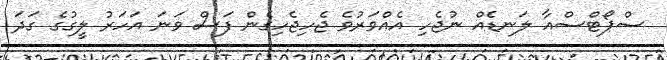
ސްޕޯޓްސްއާ ލަނޑެއް ނުޖެހި އެއްވަރުވެ ޖެހިޖެހިގެން ފަސް ވަނަ އަހަރު ލީގުގެ ގަދަ